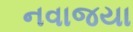
નવાજયા